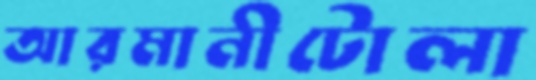
আরমানীটোলা